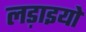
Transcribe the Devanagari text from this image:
लड़ाइयो